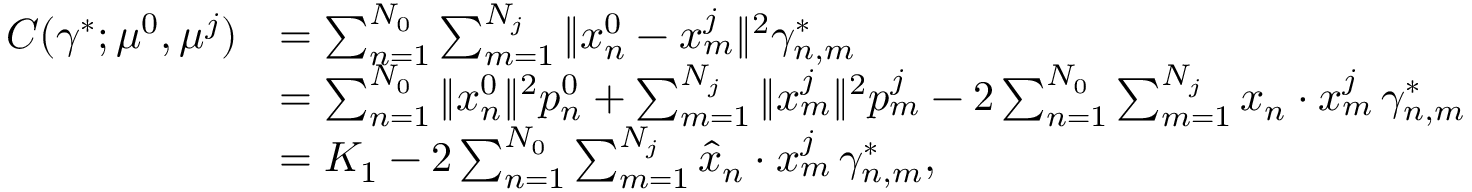
\begin{array} { r l } { C ( \gamma ^ { * } ; \mu ^ { 0 } , \mu ^ { j } ) } & { = \sum _ { n = 1 } ^ { N _ { 0 } } \sum _ { m = 1 } ^ { N _ { j } } \| x _ { n } ^ { 0 } - x _ { m } ^ { j } \| ^ { 2 } \gamma _ { n , m } ^ { * } } \\ & { = \sum _ { n = 1 } ^ { N _ { 0 } } \| x _ { n } ^ { 0 } \| ^ { 2 } p _ { n } ^ { 0 } + \sum _ { m = 1 } ^ { N _ { j } } \| x _ { m } ^ { j } \| ^ { 2 } p _ { m } ^ { j } - 2 \sum _ { n = 1 } ^ { N _ { 0 } } \sum _ { m = 1 } ^ { N _ { j } } x _ { n } \cdot x _ { m } ^ { j } \, \gamma _ { n , m } ^ { * } } \\ & { = K _ { 1 } - 2 \sum _ { n = 1 } ^ { N _ { 0 } } \sum _ { m = 1 } ^ { N _ { j } } \hat { x } _ { n } \cdot x _ { m } ^ { j } \, \gamma _ { n , m } ^ { * } , } \end{array}